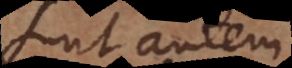
sunt autem